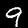
Digit: 9